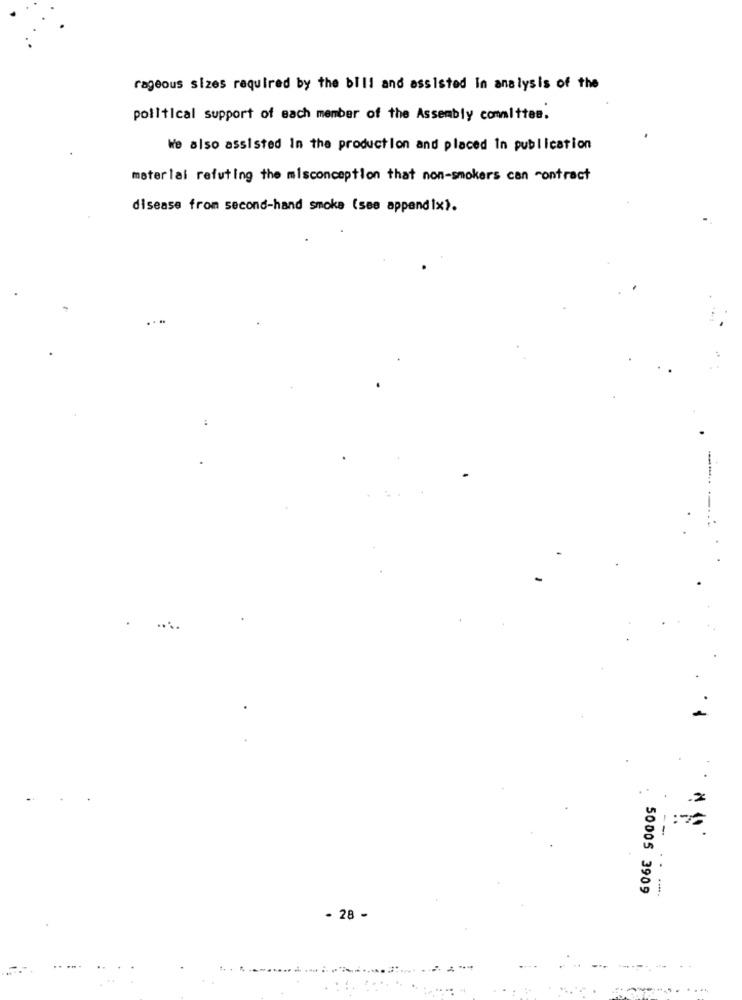
rageous sizes required by the bill and assisted in analysis of the
political support of each member of the Assembly committee.
We also assisted in the production and placed in publication
meterlai refuting the misconception that non-smokers can contract
disease from second-hand smoke (see appendix).
.2
:
--
50005 3909
- 28 -